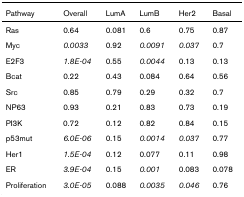
| Pathway | Overall | LumA | LumB | Her2 | Basal |
 | --- | --- | --- | --- | --- | --- |
 | Ras | 0.64 | 0.081 | 0.6 | 0.75 | 0.87 |
 | Myc | 0.0033 | 0.92 | 0.0091 | 0.037 | 0.7 |
 | E2F3 | 1.8E-04 | 0.55 | 0.0044 | 0.13 | 0.13 |
 | Bcat | 0.22 | 0.43 | 0.084 | 0.64 | 0.56 |
 | Src | 0.85 | 0.79 | 0.29 | 0.32 | 0.7 |
 | NP63 | 0.93 | 0.21 | 0.83 | 0.73 | 0.19 |
 | PI3K | 0.72 | 0.12 | 0.82 | 0.84 | 0.15 |
 | p53mut | 6.0E-06 | 0.15 | 0.0014 | 0.037 | 0.77 |
 | Her1 | 1.5E-04 | 0.12 | 0.077 | 0.11 | 0.98 |
 | ER | 3.9E-04 | 0.15 | 0.001 | 0.083 | 0.078 |
 | Proliferation | 3.0E-05 | 0.088 | 0.0035 | 0.046 | 0.76 |